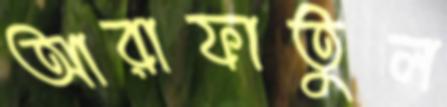
আরাফাতুল